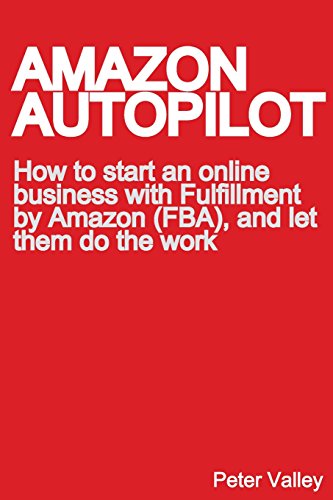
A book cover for Amazon Autopilot: How to Start an Online Bookselling Business with Fulfillment by Amazon (Fba), and Let Them Do the Work; Peter Valley; Business & Money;